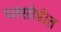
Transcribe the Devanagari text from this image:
धरसोडीत